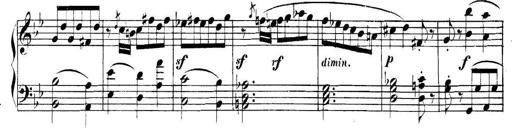
Title: Collected Piano Sonatas
Composer: Muzio Clementi